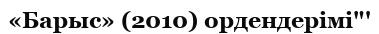
«Барыс» (2010) ордендерімі"'